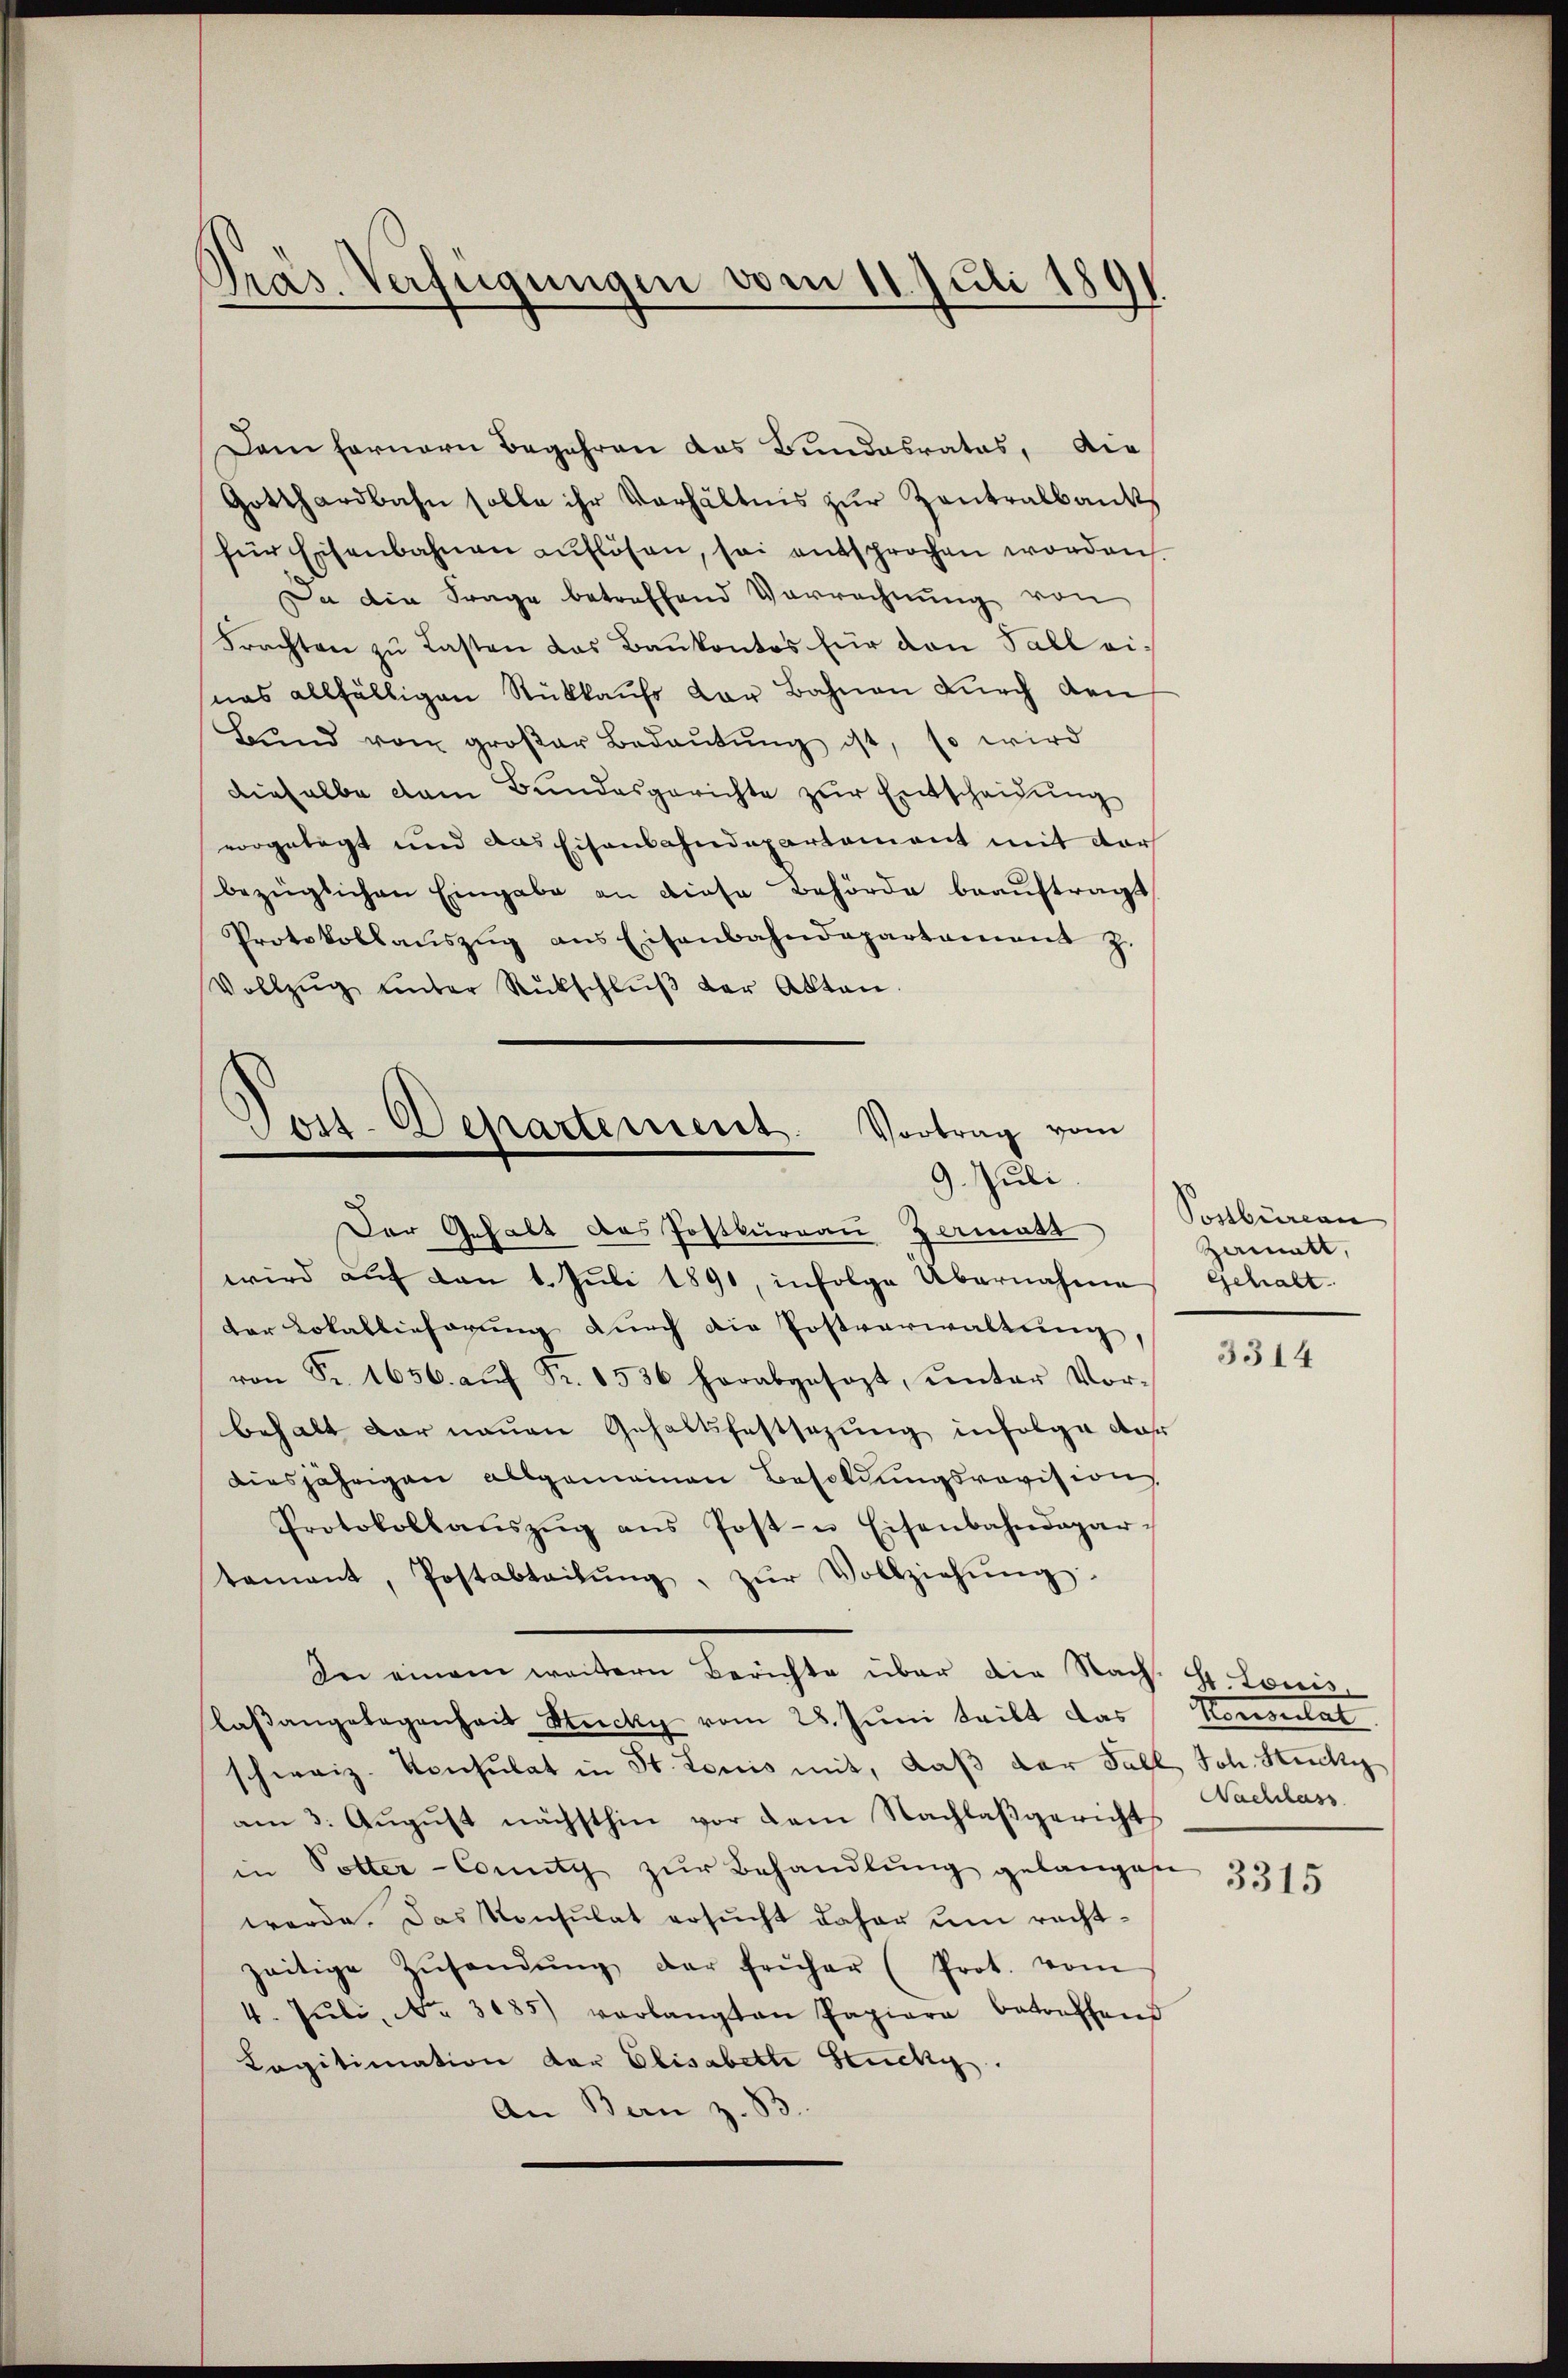
Präs. Verfügungen vom 11. Juli 1891

Dem fernern Begehren das Bundesrates, die
Gotthardbahn solle ihr Verhältnis zŭr Zentralbank
für Eisenbahnen auflösen, sei entsprochen worden.
Da die Frage betreffend Vorrechnung von
Frachten zu Lasten das Baŭkontos für den Fall einas allfälligen Rückkaufs der Bahnen durch den
Bŭnd von großer Bedaŭtŭng ist, so wird
dieselbe dem Bundesgerichte zur Entscheidung
vorgelegt und das Eisenbahndepartement mit der
bezüglichen Eingabe an diese Behörde beaŭftragt
Protokollaŭszŭg ans Eisenbahndepartament z.
Vollzŭg ŭnter Rütschlŭβ der Akten.

Post-Departement. Vortrag vom
9. Juli

Der Gehalt das Postkurren Zermatt
wird aŭf den 1. Juli 1891, infolge Übernahme
der Lokallieferung durch die Postverwaltung,
von Fr. 1656. aŭf Fr. 1536 herabgesezt, ŭnter Vor-
behalt der neuen Gehaltsfestsezung infolge das
diesjährigen allgemeinen Besoldungsrevision
Protokollaŭszŭg ans Post- u Eisenbahndepar-
tamant, Postabteilŭng, zŭr Vollziehŭng
In einem weitern Berichte über die Nach. G. Louis-
laßangelegenheits Stucki vom 28. Juni teilt das
schweiz. Konsulat in St. Louis mit, daβ der Fall, Joh. Stucki
am 3. Aŭgŭst nächsthin vor dem Nachlaβgericht
in Potter-Comity zŭr Behandlŭng gelangen
werde. Das Konsulat ersŭcht daher um recht-
zeitige Zŭsandŭng der früher (Prot. vom
4. Jŭli, No. 3185) verlangten Papiere betreffend
Legitimation der Elisabette Stucki
An Bern z. B

Posbureau
Zammatt,
Gehalt.

3314

Konsulat
Nachlass

3315